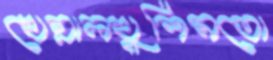
খেয়ালখুশিমতো